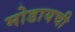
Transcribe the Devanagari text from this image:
मोडायची